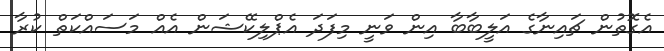
އެގޮތުން ޗައިނާގެ އަލީބާބާ އިން ވަނީ މިފަދަ އެޕްލިކޭޝަން އެއް މަސައްކަތް ކުރާ